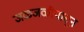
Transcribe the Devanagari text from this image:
जळजळीपासून